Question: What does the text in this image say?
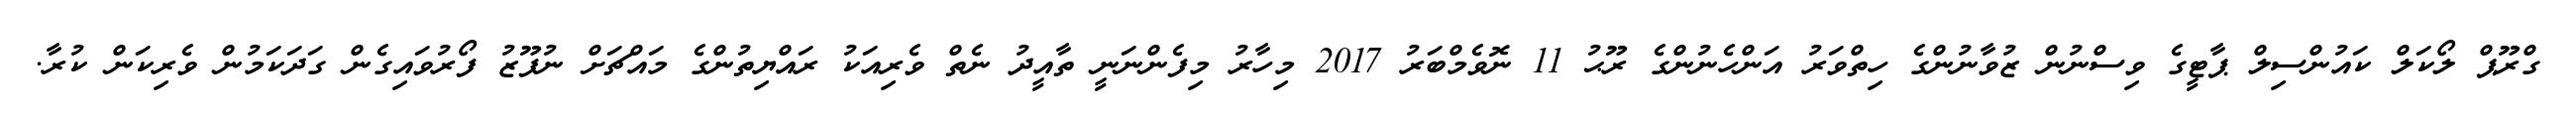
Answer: ގްރޫޕް ލޯކަލް ކައުންސިލް ޕާޓީގެ ވިސްނުން ޒުވާނުންގެ ހިތްވަރު އަންހެނުންގެ ރޫޙު 11 ނޮވެމްބަރު 2017 މިހާރު މިފެންނަނީ ތާއީދު ނެތް ވެރިއަކު ރައްޔިތުންގެ މައްޗަށް ނުފޫޒު ފޯރުވައިގެން ގަދަކަމުން ވެރިކަން ކުރާ.